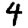
Digit: 4